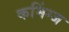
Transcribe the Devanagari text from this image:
कमिंग्ज